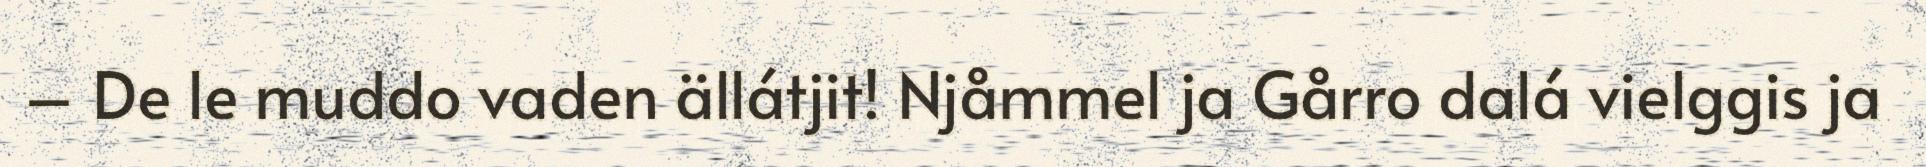
– De le muddo vaden ällátjit! Njåmmel ja Gårro dalá vielggis ja